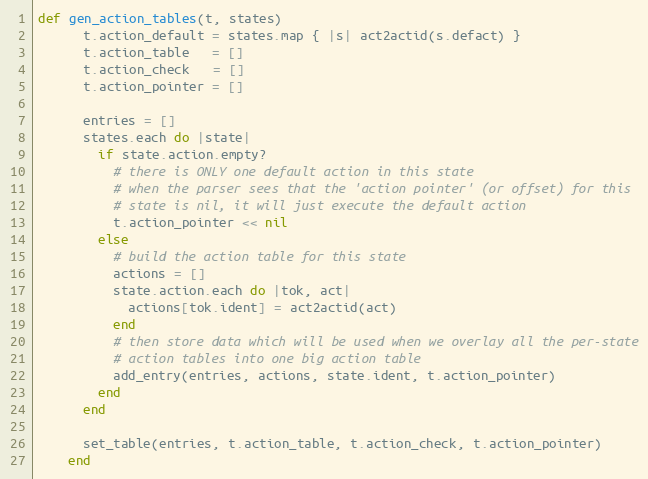
Language: Ruby
def gen_action_tables(t, states)
      t.action_default = states.map { |s| act2actid(s.defact) }
      t.action_table   = []
      t.action_check   = []
      t.action_pointer = []

      entries = []
      states.each do |state|
        if state.action.empty?
          # there is ONLY one default action in this state
          # when the parser sees that the 'action pointer' (or offset) for this
          # state is nil, it will just execute the default action
          t.action_pointer << nil
        else
          # build the action table for this state
          actions = []
          state.action.each do |tok, act|
            actions[tok.ident] = act2actid(act)
          end
          # then store data which will be used when we overlay all the per-state
          # action tables into one big action table
          add_entry(entries, actions, state.ident, t.action_pointer)
        end
      end

      set_table(entries, t.action_table, t.action_check, t.action_pointer)
    end